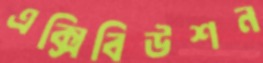
এক্সিবিউশন